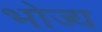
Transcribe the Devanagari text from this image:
भोज्‍य